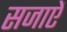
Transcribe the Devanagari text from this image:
सजाएें